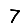
Digit: 7